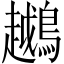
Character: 𬷲